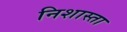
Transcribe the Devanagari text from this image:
निशास्ता